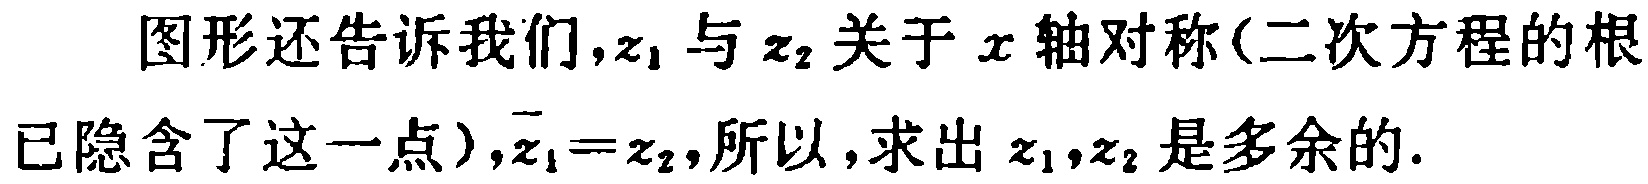
图形还告诉我们,$z_1$ 与 $z_2$ 关于 $x$ 轴对称(二次方程的根已隐含了这一点),$\overline{z_1}=z_2$,所以,求出 $z_1,z_2$ 是多余的.